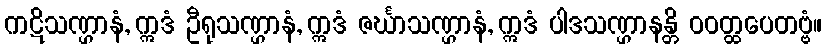
ကဋိသဏ္ဌာနံ, ဣဒံ ဦရုသဏ္ဌာနံ, ဣဒံ ဇင်္ဃာသဏ္ဌာနံ, ဣဒံ ပါဒသဏ္ဌာနန္တိ ဝဝတ္ထပေတဗ္ဗံ။